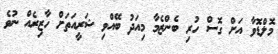
މޮލްޑޮވާ އަށް ގޮސް ހުރި ބެންޒެމާ މިއަދު ބޭއްވި ޝަރީއަތަށް ހާޒިރެއް ނުވެ